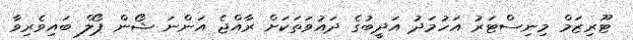
ޓޫރިޒަމް މިނިސްޓަރު އަހުމަދު އަދީބުގެ ދައުވަތަކަށް ރާއްޖެ އަންނަ ޝޯން ޕޯލް ބައިވެރިވާ